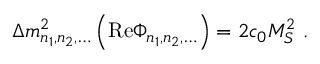
\Delta m _ { n _ { 1 } , n _ { 2 } , \ldots } ^ { 2 } \left( \mathrm { R e } \Phi _ { n _ { 1 } , n _ { 2 } , \ldots } \right) = 2 c _ { 0 } M _ { S } ^ { 2 } \ .